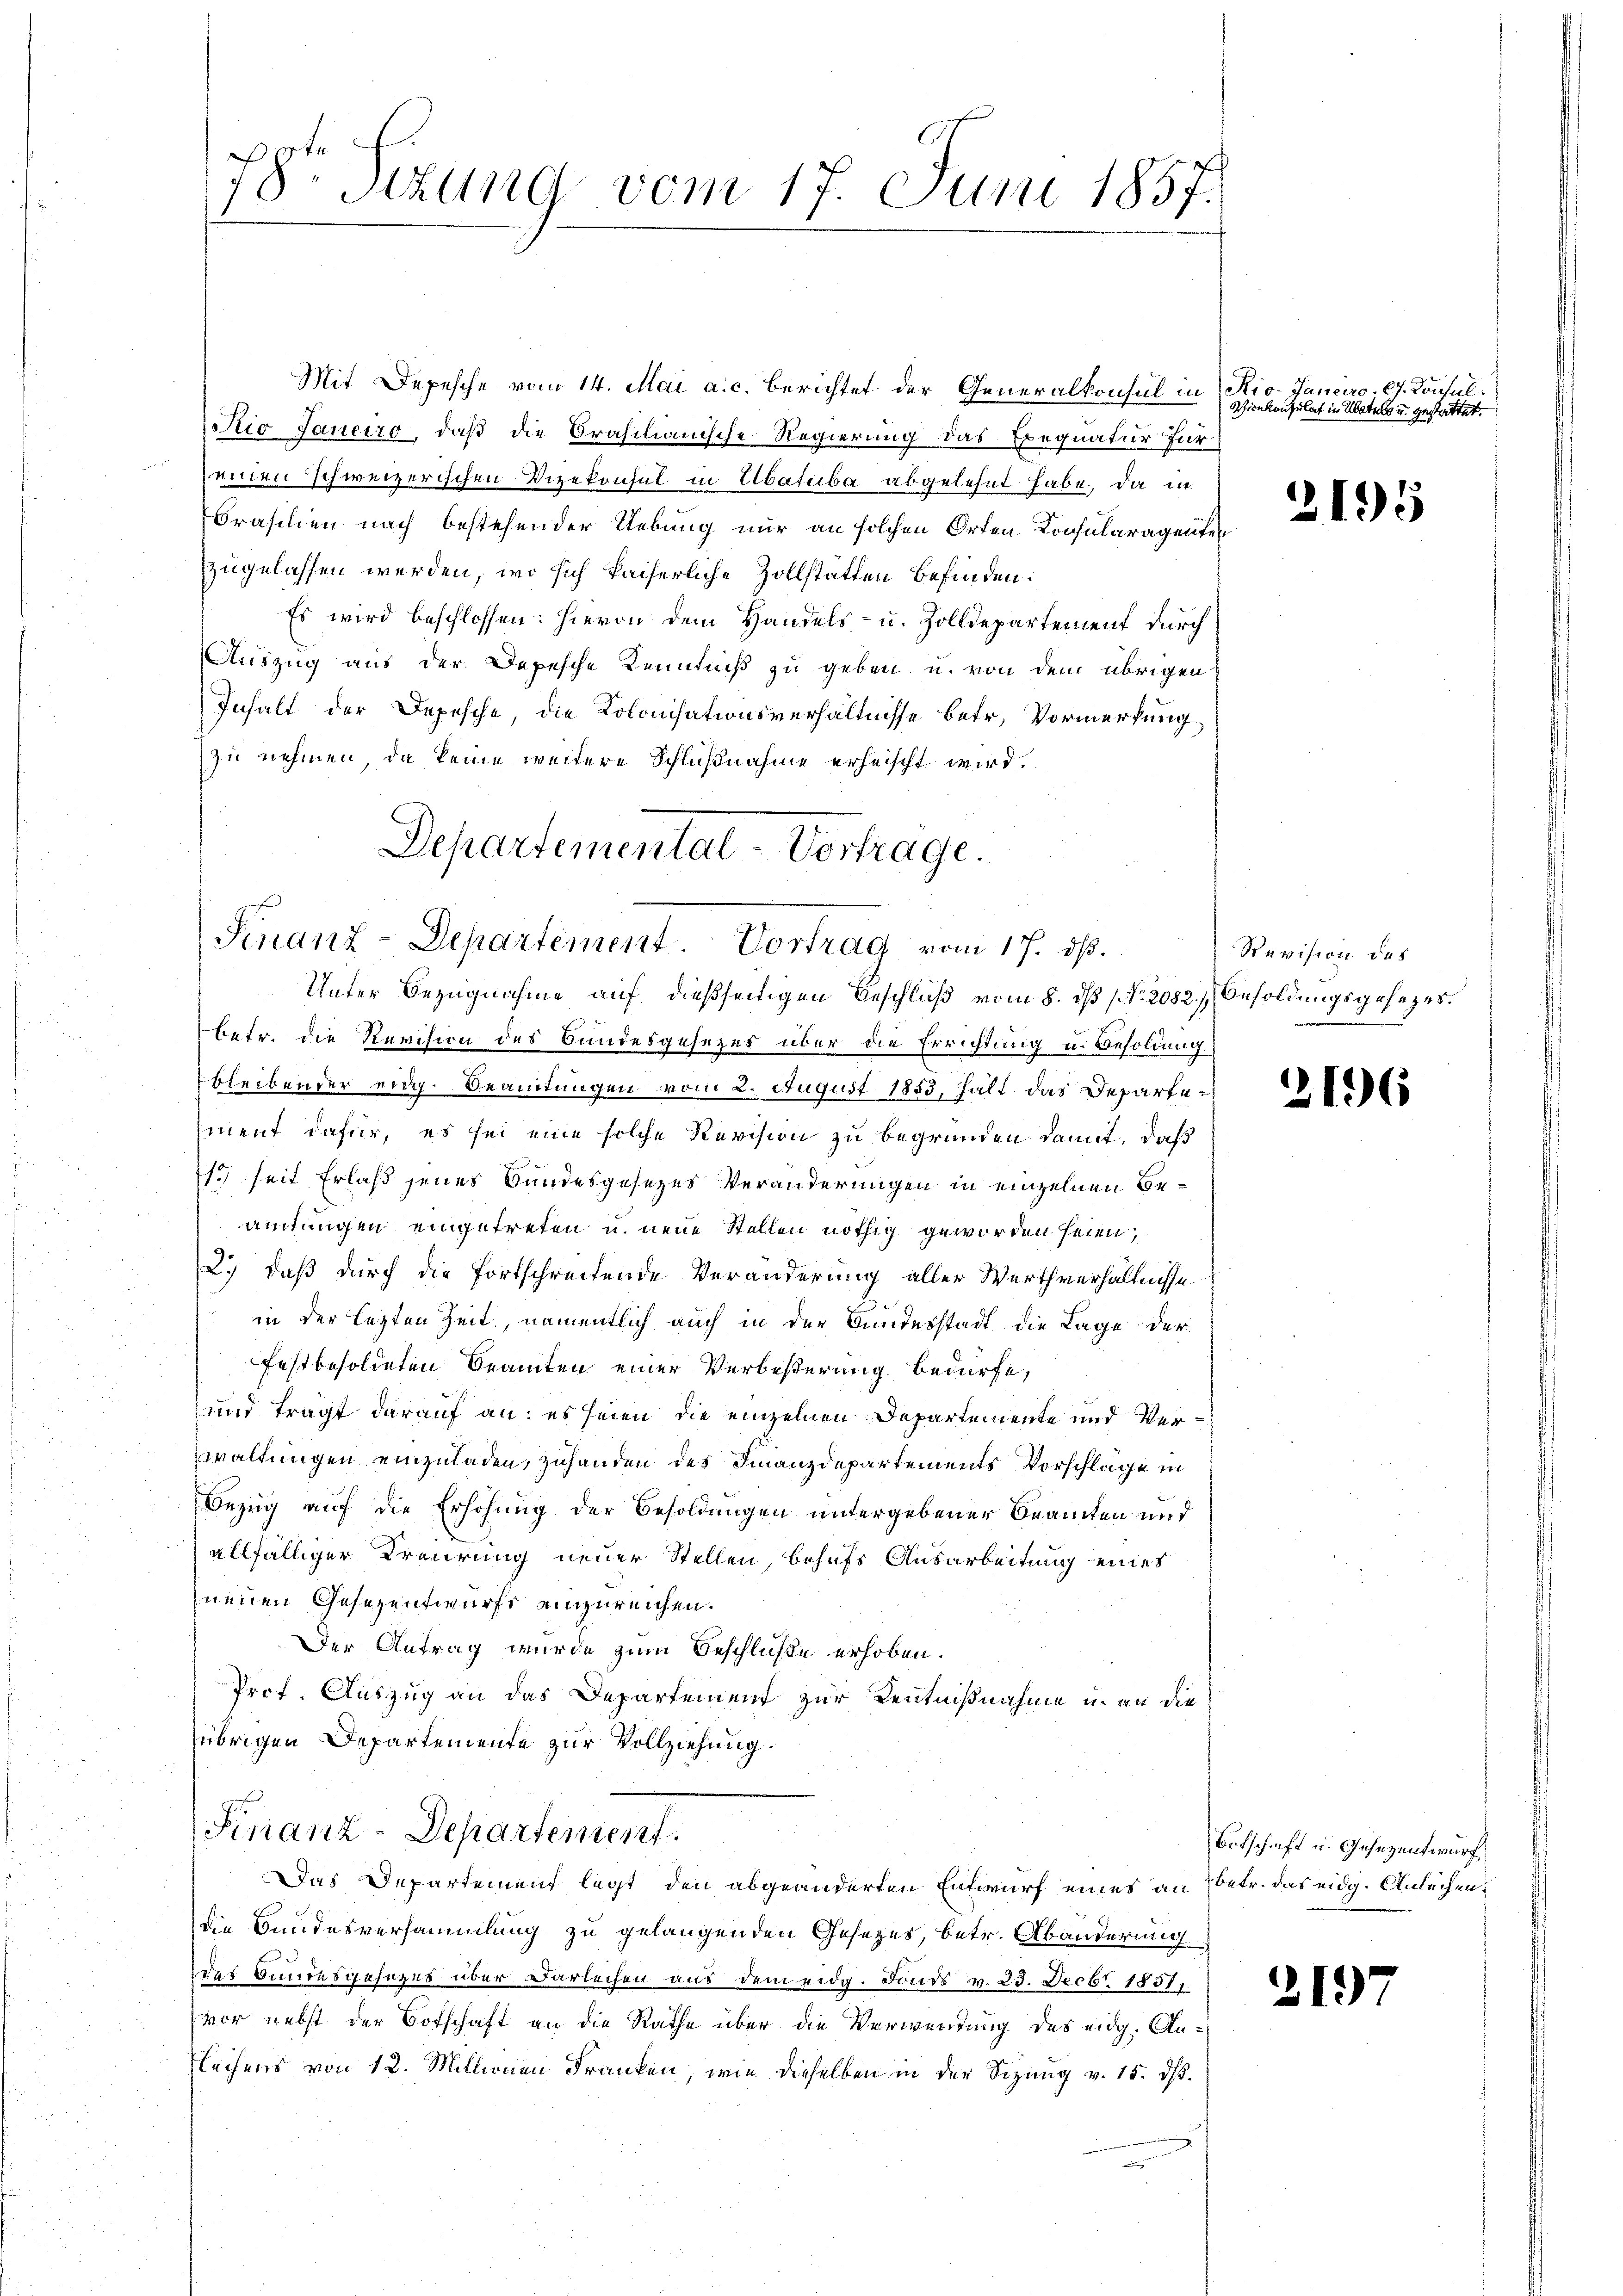
78 Sizung vom 17. Juni 1857.

Mit Depesche vom 14. Mai a. c. Berichtet der Generalkonsul in Rio-Janeiro G. Konsul¬
Sio Sauerro, daß die Brasilianische Regierung das Bequatur füreinen schweizerischen Vizekonsul in Abatuba abgelehnt habe, da in
Brasilien nach bestehender Uebung nur an solchen Orten Konsularagenten
zugelassen werden, wo sich kaiserliche Zollstätten befinden.
Es wird beschlossen: hievon dem Handels- u. Zolldepartement durch
Auszug aus der Depesche Kenntniß zu geben u. von dem übrigen
Inhalt der Depesche, die Kolonisationsverhältnisse betr. Vormerkung
zu nehmen, da keine weitere Schlußnahme erheischt wird.
Departemental-Vortrage.

Sinanz-Departement. Vortrag vom 17. ds.
Unter Bezugnahme auf dießseitigen Beschluß vom 8. ds 1. No. 2082. Besoldungsgesezes.

betr. die Revision des Bandesgesezes über die Errichtung u. Besoldung
bleibender eidg. Beamtungen vom 2. August 1853, halt das Departement dafür, es sei eine solche Revision zu begründen damit, daß
13 seit Erlaß jenes Bundesgesezes Veränderungen in einzelnen Beamtungen eingetreten u. neue Stellen nöthig geworden seien,
2.) daß durch die fortschreitende Veränderung aller Werthverhältnisse
in der letzten Zeit, namentlich auch in der Bundesstadt die Lage der
fest besoldeten Beamten einer Verbeßerung bedürfe,
und trägt darauf an: es seien die einzelnen Departemente und Verwaltungen einzuladen, zuhanden des Finanzdepartements Vorschläge in
Bezug auf die Erhöhung der Besoldungen untergebener Beamten und
allfälliger Traurung neuer Stellen, behufs Ausarbeitung eines
neuen Gesezentwurfs einzureichen.
Der Antrag wurde zum Beschluße erhoben.
Prof. Auszug an das Departement zur Kenntnißnahme u. an die
übrigen Departemente zur Vollziehung.
Finanz-Departement.
Das Departement legt den abgeänderten Entwurf eines an betr. das eidg. Anleichen,
die Bundesversammlung zu gelangenden Gesetzes, betr. Abänderung
der Bundesgesezes über Darleihen aus dem eidg. Fonds v. 23. Decbr 18511.
vor nebst der Botschaft an die Rathe über die Verwendung des eidg. Anlechens von 12. Millionen Franken, wie dieselben in der Sizung v. 15. dβ.

ienkonsulat in Übertels u. gestattet.

2195

Revision des

2196

Ertschaft u. Gesezentwurf.

2197